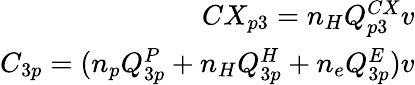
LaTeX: \begin{array}{r}{CX_{p3}=n_{H}Q_{p3}^{CX}v}\\ {C_{3p}=(n_{p}Q_{3p}^{P}+n_{H}Q_{3p}^{H}+n_{e}Q_{3p}^{E})v}\end{array}